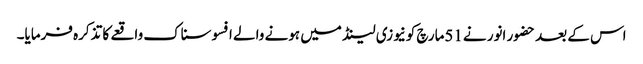
اس کے بعد حضور انور نے51مارچ کونیوزی لینڈ میں ہونے والے افسوسناک واقعے کا تذکرہ فرمایا۔